Civil Veterinary Department Bihar & Orissa reports 1911-21 - 1911-1921
Year: 1911
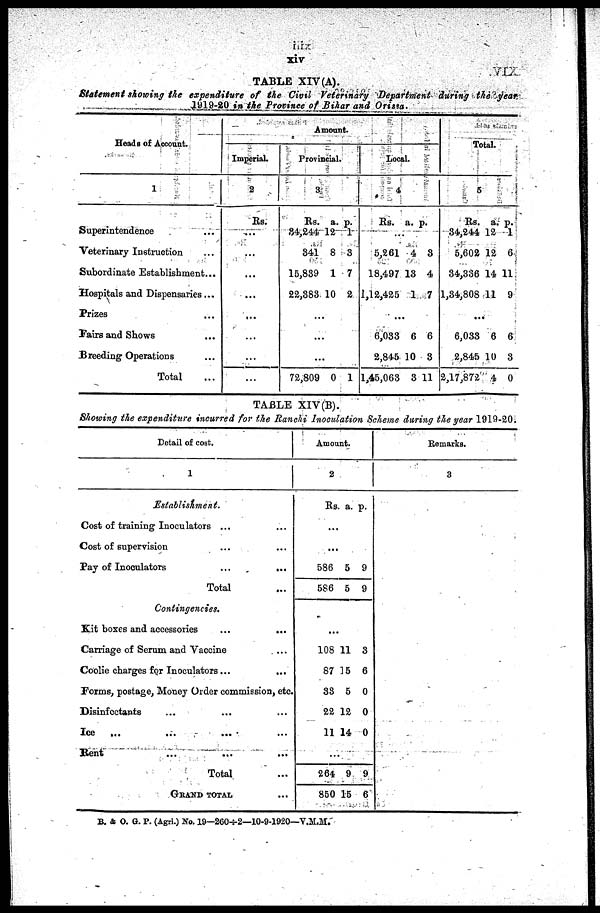
xiv
TABLE XIV(A).
Statement showing the expenditure of the Civil Veterinary Department during the year
1919-20 in the Province of Bihar and Orissa ..
Heads of Account.
1
Superintendence ...
Veterinary Instruction ...
Subordinate Establishment ...
Hospitals and Dispensaries ...
Prizes ...
Fairs and Shows ...
Breeding Operations ...
Total ...
Amount
Imperial
2
Rs.
...
...
...
...
...
...
...
...
Provincial.
3.
Rs.
84,244
341
15,839
22,383
...
...
...
72,809
a.
12
8
1
10
0
p.
1
3
7
2
1
Local.
4
Rs.
...
5,261
18,497
1,12,425
..
6,033
2,815
1,45,063
a.
4
13
1
.
6
10
3
p.
3
4
7
6
3
11
Total.
5
Rs.
34,244
5,602
34,336
1,34,808
...
6,033
2,845
2,17,872
a.
12
12
14
11
6
10
4
p.
1
6
11
9
6
3
0
TABLE XIV(B).
Showing the expenditure incurred for the Ranchi Inoculation Scheme during the year 1919-20.
Detail of cost.
1
Establishment.
Cost of training Inoculators ... ...
Cost of supervision ... ...
Pay of Inoculators ... ...
Total ...
Contingencies.
Kit boxes and accessories ... ...
Carriage of Serum and Vaccine ...
Coolie charges for Inoculators ... ...
Forms, postage, Money Order commission, etc.
Disinfectants ... ... ...
Ice
... ... ... ...
Bent ... ... ...
Total ...
GRAND TOTAL ...
Amount.
2
Rs a. p.
...
...
586
586
5
5
9
9
...
10b
87
33
22
11
11
16
5
12
14
3
6
0
0
0
...
264
850
9
15
9
6
Remarks.
3
B. A O. G. P. (Agri.) No. 19-260-2—10-91920—V.M.M.